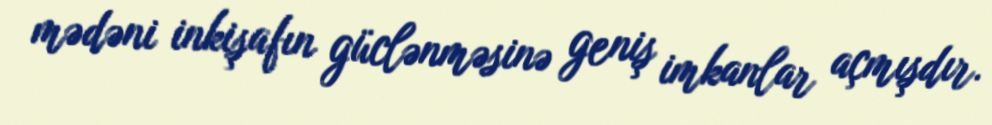
mədəni inkişafın güclənməsinə geniş imkanlar açmışdır.